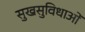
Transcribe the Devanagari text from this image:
सुखसुविधाओं